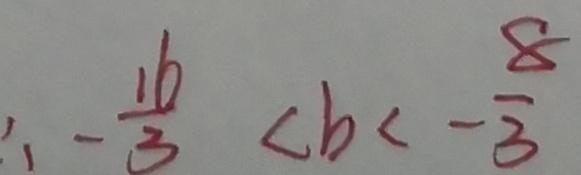
\therefore - \frac { 1 6 } { 3 } < b < - \frac { 8 } { 3 }